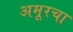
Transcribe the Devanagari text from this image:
अमूरचा